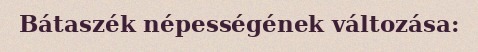
Bátaszék népességének változása: